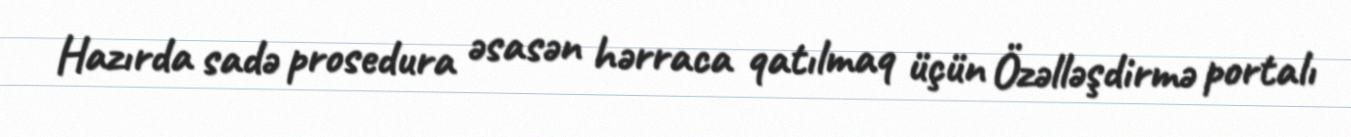
Hazırda sadə prosedura əsasən hərraca qatılmaq üçün Özəlləşdirmə portalı